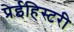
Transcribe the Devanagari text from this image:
प्रेईहिस्टरी